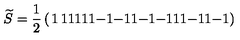
\widetilde { S } = { \frac { 1 } { 2 } } \left( \begin{matrix} { 1 } & { 1 } & { 1 } & { 1 } \\ { 1 } & { 1 } & { - 1 } & { - 1 } \\ { 1 } & { - 1 } & { - 1 } & { 1 } \\ { 1 } & { - 1 } & { 1 } & { - 1 } \\ \end{matrix} \right)